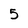
Character: 5